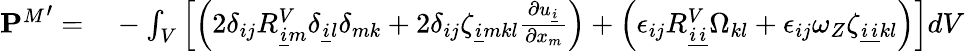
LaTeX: \begin{array}{rl}{{\mathbf{P}^{M}}^{\prime}=}&{{}-\int_{V}\left[\left(2\delta_{ij}R_{\underline{{i}}m}^{V}\delta_{\underline{{i}}l}\delta_{mk}+2\delta_{ij}\zeta_{\underline{{i}}mkl}\frac{\partial u_{\underline{{i}}}}{\partial x_{m}}\right)+\left(\epsilon_{ij}R_{\underline{{i}}\underline{{i}}}^{V}\Omega_{kl}+\epsilon_{ij}\omega_{Z}\zeta_{\underline{{i}}\underline{{i}}kl}\right)\right]dV}\end{array}